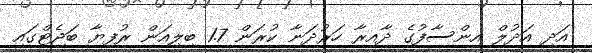
އަދި އަދުލް އިންސާފުގެ ދާއިރާ ހަރުދަނާ ކުރަން 1.7 ބިލިއަން ރުފިޔާ ބަޖެޓްގައި